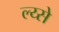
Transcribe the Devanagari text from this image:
ल्य्से